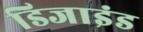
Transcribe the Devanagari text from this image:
डिजाइंड